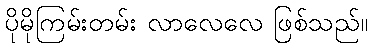
ပိုမိုကြမ်းတမ်း လာလေလေ ဖြစ်သည်။